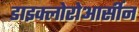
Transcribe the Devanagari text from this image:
डाइक्लोरोआर्सीन